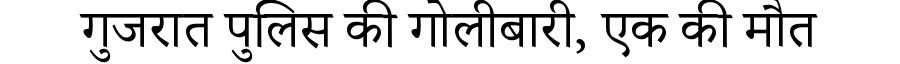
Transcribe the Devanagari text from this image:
गुजरात पुलिस की गोलीबारी, एक की मौत